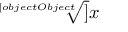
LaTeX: \sqrt [ [object Object] ] { x }